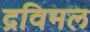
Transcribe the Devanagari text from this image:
द्रविमल